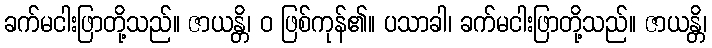
ခက်မငါးဖြာတို့သည်။ ဇာယန္တိ၊ ဝ ဖြစ်ကုန်၏။ ပသာခါ၊ ခက်မငါးဖြာတို့သည်။ ဇာယန္တိ၊